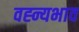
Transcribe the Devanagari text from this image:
वह्न्यभाव